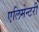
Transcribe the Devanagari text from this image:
एलिमेन्टरी